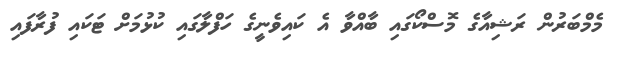
މެމްބަރުން ރަޝިއާގެ މޮސްކޯގައި ބާއްވާ އެ ކައިވެނީގެ ހަފްލާގައި ކުޅުމަށް ޓަކައި ފުރާފައި